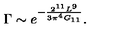
\Gamma \sim e ^ { - \frac { 2 ^ { 1 1 } L ^ { 9 } } { 3 \pi ^ { 4 } G _ { 1 1 } } } .